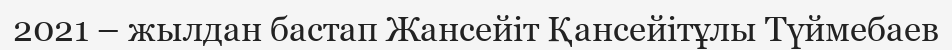
2021 – жылдан бастап Жансейіт Қансейітұлы Түймебаев